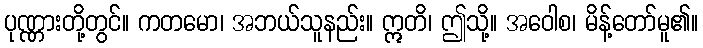
ပုဏ္ဏားတို့တွင်။ ကတမော၊ အဘယ်သူနည်း။ ဣတိ၊ ဤသို့။ အဝေါစ၊ မိန့်တော်မူ၏။